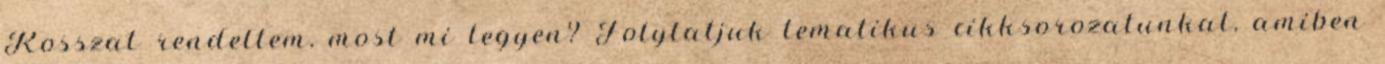
Rosszat rendeltem, most mi legyen? Folytatjuk tematikus cikksorozatunkat, amiben